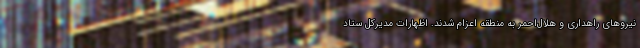
نیروهای راهداری و هلال‌احمر به منطقه اعزام شدند. اظهارات مدیرکل ستاد